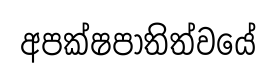
අපක්ෂපාතිත්වයේ